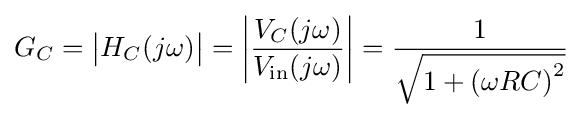
G_{C}={\big |}H_{C}(j\omega ){\big |}=\left|{\frac {V_{C}(j\omega )}{V_{\mathrm {in} }(j\omega )}}\right|={\frac {1}{\sqrt {1+\left(\omega RC\right)^{2}}}}